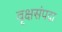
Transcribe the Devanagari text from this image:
वृक्षसंपदा